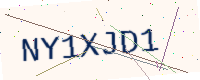
Text: NY1XJD1